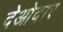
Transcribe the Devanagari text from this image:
देओदार